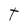
Character: t